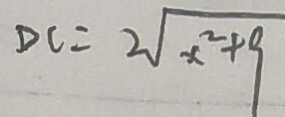
D C = 2 \sqrt { x ^ { 2 } + 9 }